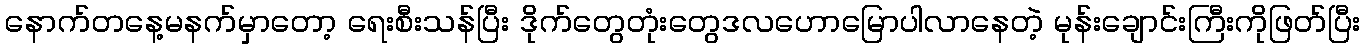
နောက်တနေ့မနက်မှာတော့ ရေးစီးသန်ပြီး ဒိုက်တွေတုံးတွေဒလဟောမြောပါလာနေတဲ့ မုန်းချောင်းကြီးကိုဖြတ်ပြီး